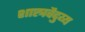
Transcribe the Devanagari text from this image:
शास्त्रवैदुय्य